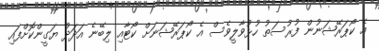
އެ ކޯޕަރޭޝަނުން ފުރުސަތު ހުޅުވާލީވެސް އެ ކޯޕަރޭޝަނަށް ކޯޓާއި ލިބޭނެ އަދަދު ޔަގީންކޮށްފައި